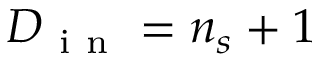
D _ { \mathrm { ~ i ~ n ~ } } = n _ { s } + 1